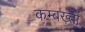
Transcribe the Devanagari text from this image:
कम्बख़्तों